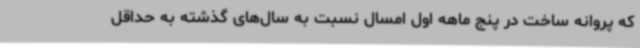
که پروانه ساخت در پنج ماهه اول امسال نسبت به سال‌های گذشته به حداقل